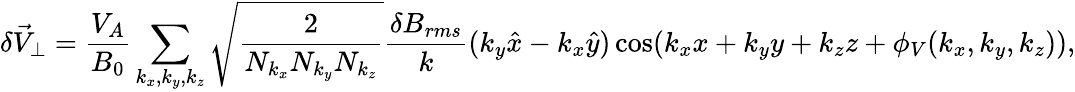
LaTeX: \delta\vec{V}_{\perp}=\frac{V_{A}}{B_{0}}\sum_{k_{x},k_{y},k_{z}}\sqrt{\frac{2}{N_{k_{x}}N_{k_{y}}N_{k_{z}}}}\frac{\delta B_{rms}}{k}(k_{y}\hat{x}-k_{x}\hat{y})\cos(k_{x}x+k_{y}y+k_{z}z+\phi_{V}(k_{x},k_{y},k_{z})),